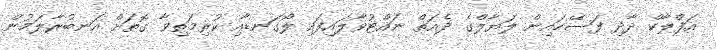
އަފްލާކް ދާދި ފަސޭހައިން ލަޔާލްގެ ދެއަތް ނައްޓުވާލައިފައި ލޯގަނޑާއި ކުރިމަތިވާ ގޮތަށް އަނބުރާލަމުން